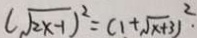
( \sqrt { 2 x - 1 } ) ^ { 2 } = ( 1 + \sqrt { x + 3 } ) ^ { 2 } .